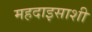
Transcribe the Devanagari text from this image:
महदाइसाशी